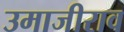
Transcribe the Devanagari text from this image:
उमाजीराव